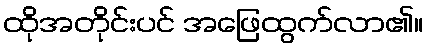
ထိုအတိုင်းပင် အဖြေထွက်လာ၏။